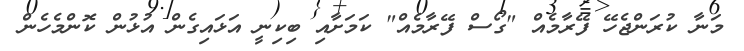
މަނާ ކުރަންޖެހޭ ފޭރާމެއް "ގޯސް ފޭރާމެއް" ކަމަށާއި ބިކިނީ އަޅައިގެން އުޅުން ކޮންމެހެން